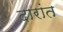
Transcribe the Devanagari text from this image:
दारांत